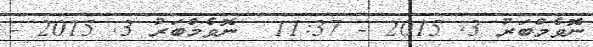
ނޮވެމްބަރު 3